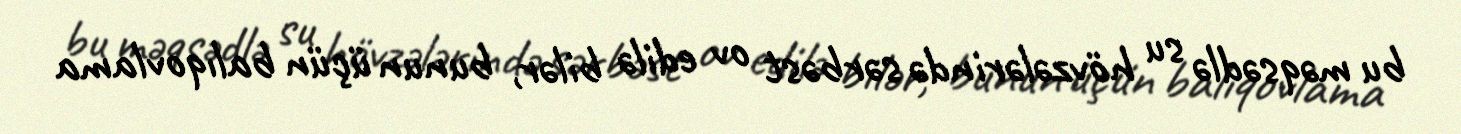
bu məqsədlə su hövzələrində sərbəst ov edilə bilər, bunun üçün balıqovlama